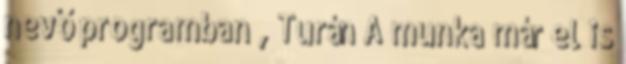
nevő programban , Turán A munka már el is